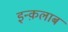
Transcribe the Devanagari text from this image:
इन्क़लाब